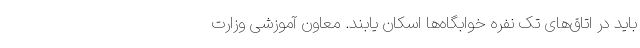
باید در اتاق‌های تک نفره خوابگاه‌ها اسکان یابند. معاون آموزشی وزارت